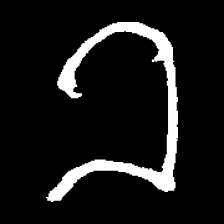
Pyu character \u2014 Myanmar letter: ခ (romanized: kha)